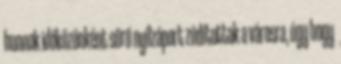
hunnok időközönként sűrű nyílzáport zúdítottak a városra, úgy hogy